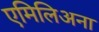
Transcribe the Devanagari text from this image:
एमिलिअना